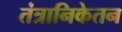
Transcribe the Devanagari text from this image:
तंत्रानिकेतन